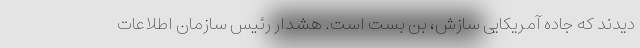
دیدند که جاده آمریکایی سازش، بن بست است. هشدار رئیس سازمان اطلاعات